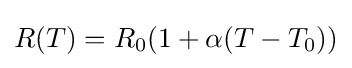
R(T)=R_{0}(1+\alpha (T-T_{0}))